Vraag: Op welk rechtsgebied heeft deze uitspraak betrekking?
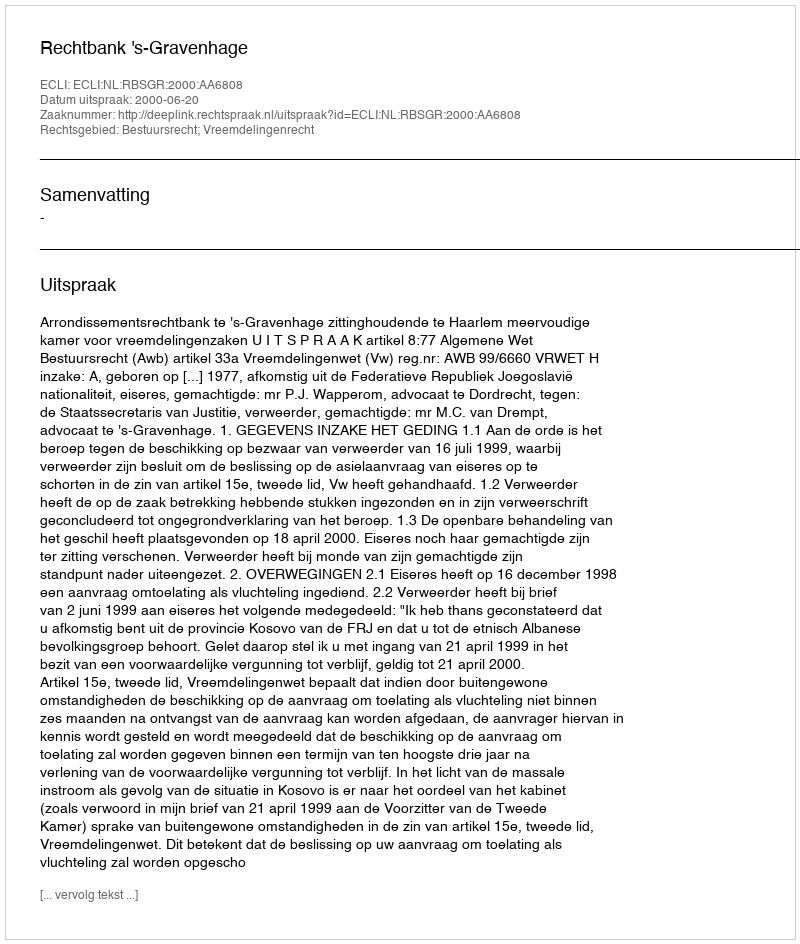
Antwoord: Bestuursrecht; Vreemdelingenrecht